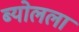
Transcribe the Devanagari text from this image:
ब्योलला